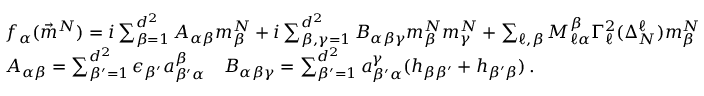
\begin{array} { r l } & { f _ { \alpha } ( \vec { m } ^ { N } ) = i \sum _ { \beta = 1 } ^ { d ^ { 2 } } A _ { \alpha \beta } m _ { \beta } ^ { N } + i \sum _ { \beta , \gamma = 1 } ^ { d ^ { 2 } } B _ { \alpha \beta \gamma } m _ { \beta } ^ { N } m _ { \gamma } ^ { N } + \sum _ { \ell , \beta } M _ { \ell \alpha } ^ { \beta } \Gamma _ { \ell } ^ { 2 } ( \Delta _ { N } ^ { \ell } ) m _ { \beta } ^ { N } } \\ & { A _ { \alpha \beta } = \sum _ { \beta ^ { \prime } = 1 } ^ { d ^ { 2 } } \epsilon _ { \beta ^ { \prime } } a _ { \beta ^ { \prime } \alpha } ^ { \beta } \quad B _ { \alpha \beta \gamma } = \sum _ { \beta ^ { \prime } = 1 } ^ { d ^ { 2 } } a _ { \beta ^ { \prime } \alpha } ^ { \gamma } ( h _ { \beta \beta ^ { \prime } } + h _ { \beta ^ { \prime } \beta } ) \, . } \end{array}